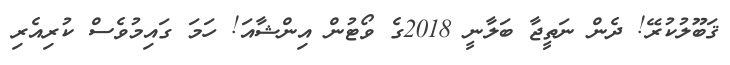
ޤަބޫލުކުރޭ! ދެން ނަތީޖާ ބަލާނީ 2018ގެ ވޯޓުން އިންޝާއަ! ހަމަ ގައިމުވެސް ކުރިއެރި